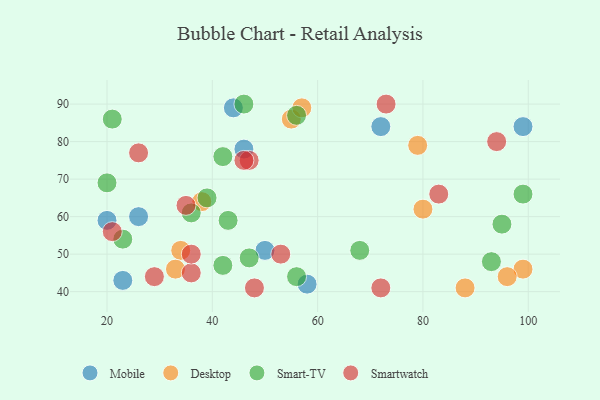
{"axis": {"x": "GDP", "y": "Life Expectancy"}, "legend": ["Desktop", "Mobile", "Smart-TV", "Smartwatch"], "data": [{"x": "99", "y": 84, "type": "Mobile"}, {"x": "26", "y": 60, "type": "Mobile"}, {"x": "72", "y": 84, "type": "Mobile"}, {"x": "58", "y": 42, "type": "Mobile"}, {"x": "23", "y": 43, "type": "Mobile"}, {"x": "50", "y": 51, "type": "Mobile"}, {"x": "46", "y": 78, "type": "Mobile"}, {"x": "20", "y": 59, "type": "Mobile"}, {"x": "44", "y": 89, "type": "Mobile"}, {"x": "99", "y": 46, "type": "Desktop"}, {"x": "34", "y": 51, "type": "Desktop"}, {"x": "55", "y": 86, "type": "Desktop"}, {"x": "79", "y": 79, "type": "Desktop"}, {"x": "57", "y": 89, "type": "Desktop"}, {"x": "33", "y": 46, "type": "Desktop"}, {"x": "38", "y": 64, "type": "Desktop"}, {"x": "88", "y": 41, "type": "Desktop"}, {"x": "80", "y": 62, "type": "Desktop"}, {"x": "96", "y": 44, "type": "Desktop"}, {"x": "21", "y": 86, "type": "Smart-TV"}, {"x": "39", "y": 65, "type": "Smart-TV"}, {"x": "46", "y": 90, "type": "Smart-TV"}, {"x": "20", "y": 69, "type": "Smart-TV"}, {"x": "56", "y": 44, "type": "Smart-TV"}, {"x": "99", "y": 66, "type": "Smart-TV"}, {"x": "68", "y": 51, "type": "Smart-TV"}, {"x": "42", "y": 47, "type": "Smart-TV"}, {"x": "56", "y": 87, "type": "Smart-TV"}, {"x": "23", "y": 54, "type": "Smart-TV"}, {"x": "47", "y": 49, "type": "Smart-TV"}, {"x": "36", "y": 61, "type": "Smart-TV"}, {"x": "42", "y": 76, "type": "Smart-TV"}, {"x": "93", "y": 48, "type": "Smart-TV"}, {"x": "95", "y": 58, "type": "Smart-TV"}, {"x": "43", "y": 59, "type": "Smart-TV"}, {"x": "29", "y": 44, "type": "Smartwatch"}, {"x": "72", "y": 41, "type": "Smartwatch"}, {"x": "47", "y": 75, "type": "Smartwatch"}, {"x": "46", "y": 75, "type": "Smartwatch"}, {"x": "83", "y": 66, "type": "Smartwatch"}, {"x": "73", "y": 90, "type": "Smartwatch"}, {"x": "26", "y": 77, "type": "Smartwatch"}, {"x": "36", "y": 45, "type": "Smartwatch"}, {"x": "48", "y": 41, "type": "Smartwatch"}, {"x": "21", "y": 56, "type": "Smartwatch"}, {"x": "36", "y": 50, "type": "Smartwatch"}, {"x": "53", "y": 50, "type": "Smartwatch"}, {"x": "94", "y": 80, "type": "Smartwatch"}, {"x": "35", "y": 63, "type": "Smartwatch"}]}